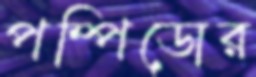
পম্পিডোর